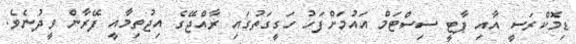
ޑިމޮކްރަސީ އާއި ޕާޓީ ސިސްޓަމް އައުމަށްފަހު ހަގީގަތުގައި ރާއްޖޭގެ އިޖުތިމާއީ ފޭރާން ވީދުނެވެ.